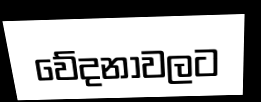
වේදනාවලට